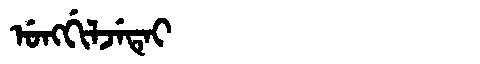
Manchu: ᡠᠩᡤᡳᠯᠵᡝᡨᡝᡳ
Romanization: UNGGILJETEI